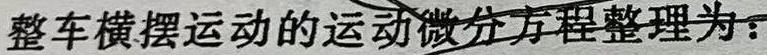
整车横摆运动的运动微分方程整理为：